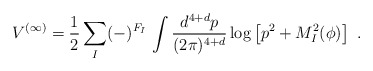
\begin{align*}V^{(\infty)}=\frac{1}{2} \sum_I (-)^{F_I} \, \int\frac{d^{4+d}p}{(2\pi)^{4+d}}\log\left[p^2+M^2_{I}(\phi)\right]\ .\end{align*}